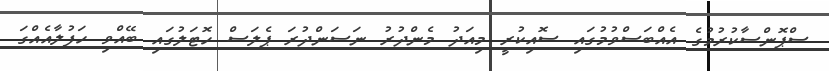
ސްޕޮންސާކުރުމުގެ އެއްބަސްވުމުގައި ސޮއިކުރީ މިއަދު މެންދުރު ނަސަންދުރަ ޕެލަސް ހޮޓަލުގައި ބޭއްވި ހަފުލާއެއްގަ